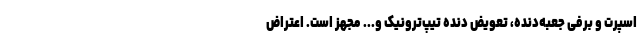
اسپرت و برفی جعبه‌دنده، تعویض دنده تیپ‌ترونیک و... مجهز است. اعتراض